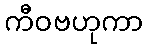
ကီဝဗဟုကာ